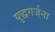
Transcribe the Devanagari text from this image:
युद्धगर्जना